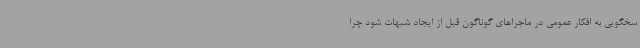
سخگویی به افکار عمومی در ماجراهای گوناگون قبل از ایجاد شبهات شود چرا